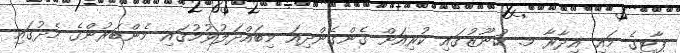
ޕާޓީގެ މައި އިދާރާ މ. ކުނޫޒުގައި ކުރިއަށް ގެންގެންދިއަ މިބައްދަލުވުމުގައި މެންބަރުންގެ މެދުގައި